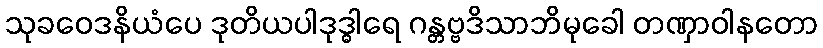
သုခဝေဒနိယံပေ ဒုတိယပါဒုဒ္ဓါရေ ဂန္တဗ္ဗဒိသာဘိမုခေါ တဏှာဝါနတော